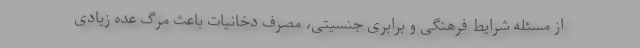
از مسئله شرایط فرهنگی و برابری جنسیتی، مصرف دخانیات باعث مرگ عده زیادی